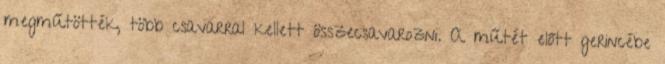
megműtötték, több csavarral kellett összecsavarozni. A műtét előtt gerincébe